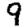
Digit: 9